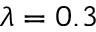
\lambda = 0 . 3